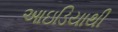
આઇડિયાથી